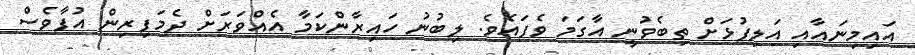
އައިމިނައާއި އަލިފުޅަށް ތިބެވުނީ އާގަމަ ވެފައެވެ. ލިބުނު ހައިރާންކަމާ އެއްވަރަށް ދެމަފިރިން އުފާވެސް